King Institute of Preventive Medicine Bacteriolog. Section reports 1907-08
Year: 1907
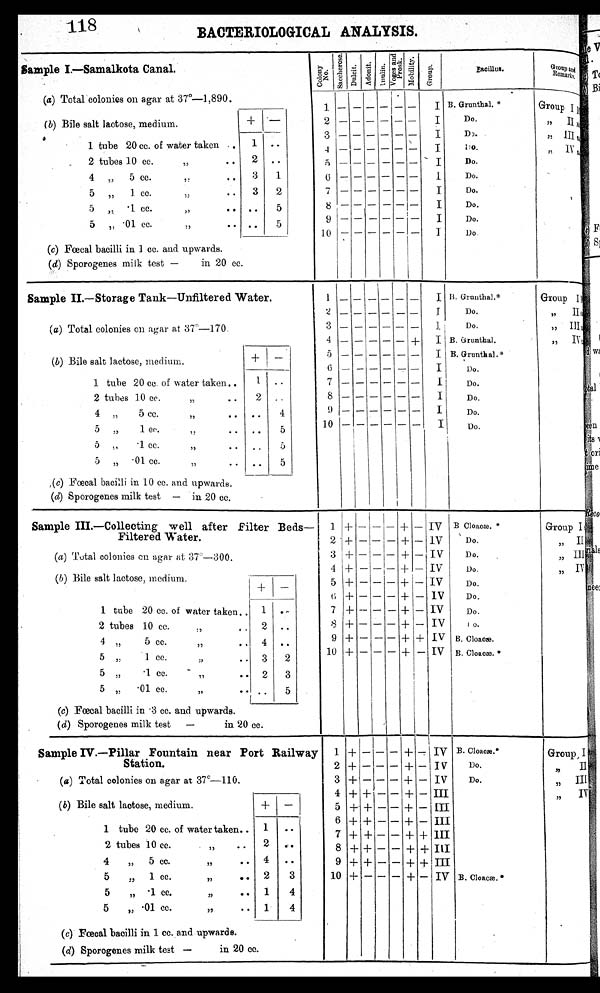
118
BACTERIOLOGICAL ANALYSIS.
S a m p l e I . — S a m a l k o t a C a n a l .
C o l o n y
N o .
S a c c h e r o s e .
D u l c i t .
A d o n i t .
A n u l i n . V o g e s a n d
P r o s k . M o b i l i t y .
G r o u p .
Bacillus.
Group and
Remarks.
(a) Total colonies on agar at 37°—1,890.
1
— — — — — —
I B. Grunthal. *
Group I
( b ) Bile salt lactose, medium.
+
—
2
— — — — — —
I
Do.
"
II
3
— — — — — —
I
Do.
" III
1 tube 20 cc. of water taken
1 ..
4 — —
—
— — —
I
Do.
" IV
2 tubes 10 cc. ,, ..
2 ..
5 — — — — — —
I
Do.
4 „ 5 cc. "..
3
1
6
— — — — — —
I
Do.
5 „ 1 cc. "..
3
2
7
— — — — — —
I
Do.
5 " .1 cc. "..
..
5
8 — — — — — —
I
Do.
5 „ .01 cc. " 74
..
5
9
— — — — — —
I
Do.
10
—
— — — — —
I D o .
(c) Fœcal bacilli in 1 cc. and upwards.
(d ) Sporogenes milk test —in 20 cc.
Sample II.—Storage Tank—Unfiltered Water.
1
— — — — — —
I B. Grunthal.*
Group I
2
— — — — — —
I
Do.
"
II
( a) Total colonies on agar at 37°—170.
3
— — — — — —
I Do.
"
I I I
4
— — — — —
+ II B. Grunthal.
" IV
(b) Bile salt lactose, medium.
+
—
5
— — — — — —
I B. Grunthal.*
6 — — — — —
I
Do.
1 tube 20 cc. of water taken..
1 ..
7
— — — — — —
I
Do.
2 tubes 10 cc. "..
2 ..
8
— — — — — —
I
Do.
4 " 5 cc.
,,.. ..
4
9
— — — — — —
I
Do.
5 „ 1 cc. "..
..
5
1 0
— — — — — —
I
Do.
5 „ .1 cc. ,,
..
5
5 „ .01 cc. ,,
..
5
( c) Fœcal bacilli in 10 cc. and upwards.
(d) Sporogenes milk test — in 20 cc.
Sample III.—Collecting well after Filter Beds—
Filtered Water.
1 +
— —
— + — IV B Cloacæ. *
Group I
2 + — — — + — IV
Do.
„ II
(a) Total colonies on agar at 37°—300.
3 + — — — + — IV
Do.
" III
4 + — —
—
+ — IV
Do.
„ IV
( b) Bile salt lactose, medium.
+
—
5 + — — — +
—
IV
Do.
6 + — — — + — IV
Do.
1 tube 20 cc. of water taken.. 1 ..
7 + - — — +
—
IV
Do.
2 tubes 10 cc. " ..
2 ..
8 + — — — + — IV
Do.
4 " 5 cc.
„ ..
4
..
9 +
—
— — + + IV B . C l o a c æ .
5 „ 1 cc. " .. 3
2
10 + — — — + — IV B . C l o a c æ . *
5 " .1 cc. " ..
2
3
5 „ .01 cc."
. .
5
(c) Fœcal bacilli in .3 cc. and upwards.
( d) Sporogenes milk test — in 20 cc.
Sample IV.—Pillar Fountain near Port Railway
Station.
1 + — — — + — IV B. Cloacæ.*
Group, I
2 + — — — + — IV
Do
"
I I
(a) Total colonies on agar at 37°—110.
3 +
—
—
— + — IV
Do
" III
4 + + — — + — III
" IV
( b) Bile salt lactose, medium.
+ —
5 + + — — + — III
6 + + — — + — III
1 tube 20 cc. of water taken..
1
. .
7 + + — — + + III
2 tubes 10 cc. "..
2
..
8 + + — — + + III
4 „ 5 cc. " ..
4 . .
9 + + — — + + III
5 „ 1 cc. " ..
2
3
10 + — — — + — IV B. Cloacæ. *
5 „ .1 cc. " ..
1
4
5 „ .01 cc. " .. 1
4
(c) Fœcal bacilli in 1 cc. and upwards.
( d) Sporogenes milk test —in 20 cc.